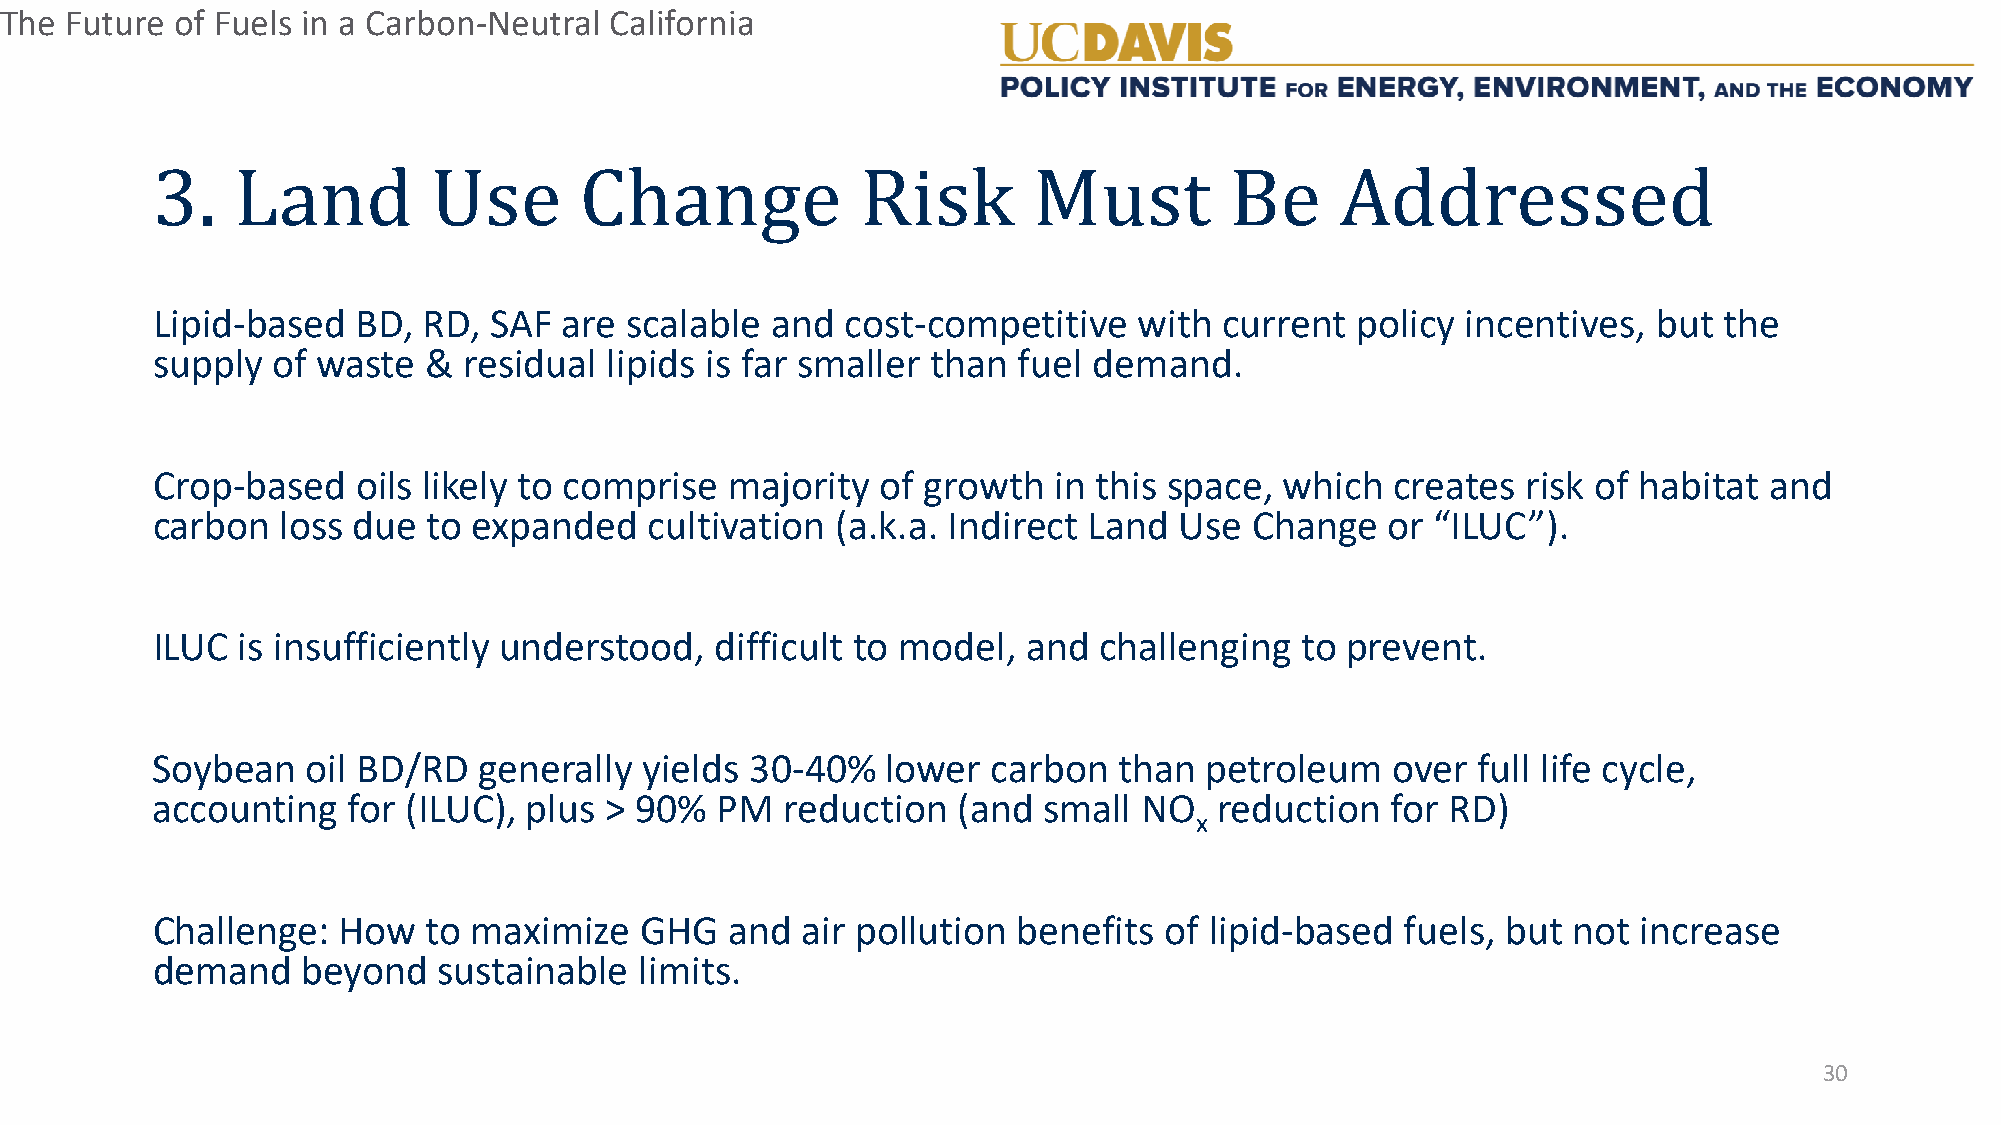
The Future  of Fuels in a Carbon-Neutral California
 Lipid-based   BD, RD, SAF  are scalable  and  cost-competitive   with  current  policy incentives,  but the
 s3up.p Lly oaf wnasdte &U ressiedu aCl liphidas ins fagr sem aRlleri tshakn fuMel duemsatnd B. e Addressed
 Crop-based    oils likely to comprise majority  of growth   in this space, which  creates  risk of habitat and
 carbon   loss due to expanded    cultivation (a.k.a. Indirect Land  Use  Change   or “ILUC”).
 ILUC  is insufficiently understood,  difficult to model,  and  challenging  to prevent.
 Soybean   oil BD/RD   generally  yields 30-40%   lower  carbon  than  petroleum   over  full life cycle,
 accounting   for (ILUC), plus > 90%  PM   reduction  (and  small  NO   reduction  for RD)
 x
 Challenge:  How   to maximize   GHG   and  air pollution benefits  of lipid-based  fuels, but not  increase
 demand    beyond   sustainable  limits.
 30